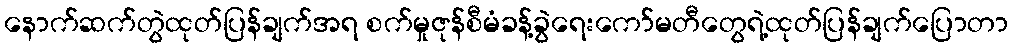
နောက်ဆက်တွဲထုတ်ပြန်ချက်အရ စက်မှုဇုန်စီမံခန့်ခွဲရေးကော်မတီတွေရဲ့ထုတ်ပြန်ချက်ပြောတာ